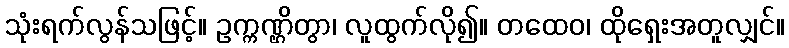
သုံးရက်လွန်သဖြင့်။ ဥက္ကဏ္ဌိတွာ၊ လူထွက်လို၍။ တထေဝ၊ ထိုရှေးအတူလျှင်။